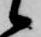
候